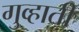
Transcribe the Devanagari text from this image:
गुव्हाती